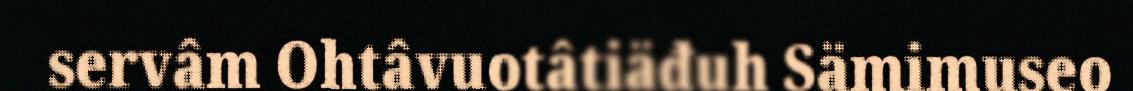
servâm Ohtâvuotâtiäđuh Sämimuseo